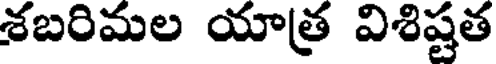
శబరిమల యాత్ర విశిష్టత